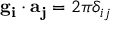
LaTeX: \mathbf { g _ { i } } \cdot \mathbf { a _ { j } } = 2 \pi \delta _ { i j }